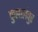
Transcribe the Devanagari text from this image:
कुलालंपुर